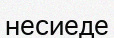
несиеде